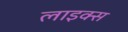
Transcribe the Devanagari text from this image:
लाइक्स